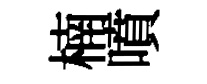
楠噴